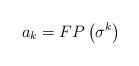
LaTeX: \begin{align*}a_k = FP\left( \sigma^k \right) \end{align*}